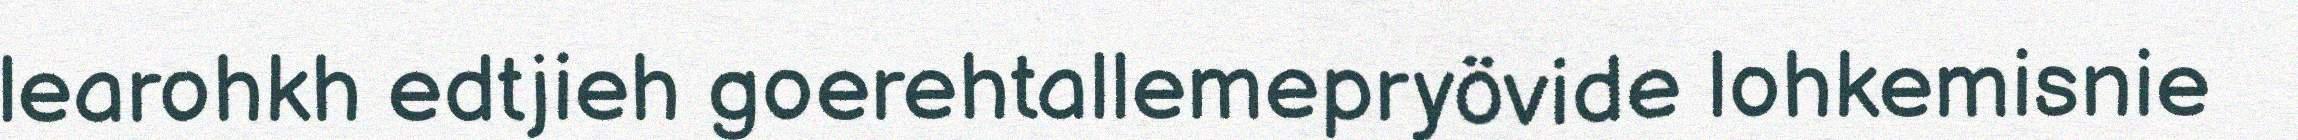
learohkh edtjieh goerehtallemepryövide lohkemisnie